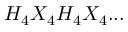
H _ { 4 } X _ { 4 } H _ { 4 } X _ { 4 } . . .